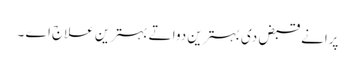
پرانے قبض د‏‏ی بہترین دوا تے بہترین علاج اے ۔